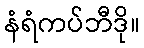
နံရံကပ်ဘီဒို။